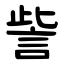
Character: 訾